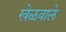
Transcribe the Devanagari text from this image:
खेळवाले